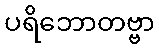
ပရိဘောတဗ္ဗာ